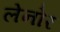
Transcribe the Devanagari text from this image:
लेनोर